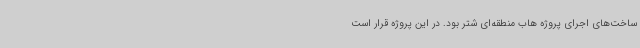
ساخت‌های اجرای پروژه هاب منطقه‌ای شتر بود. در این پروژه قرار است